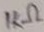
Text: 1KΩ